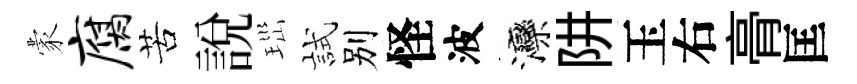
蒙腐苦説𤤼試别怪波灤阱玉右𮌔匡